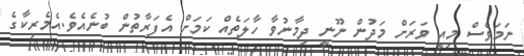
ނަމަވެސް މިއީ ވަރަށް މަދުން ނޫނީ ދިމާނުވާ ހާލަތެއް ކަމަށް އެފަރާތުން ބުނެއެވެ.އެމެރިކާގެ